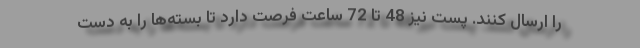
را ارسال کنند. پست نیز 48 تا 72 ساعت فرصت دارد تا بسته‌ها را به دست